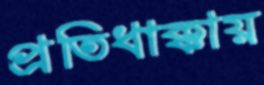
প্রতিধাক্কায়